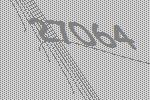
27064